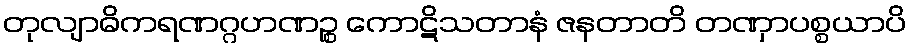
တုလျာဓိကရဏဂ္ဂဟဏဉ္စ ကောဋိသတာနံ ဇနတာတိ တဏှာပစ္စယာပိ